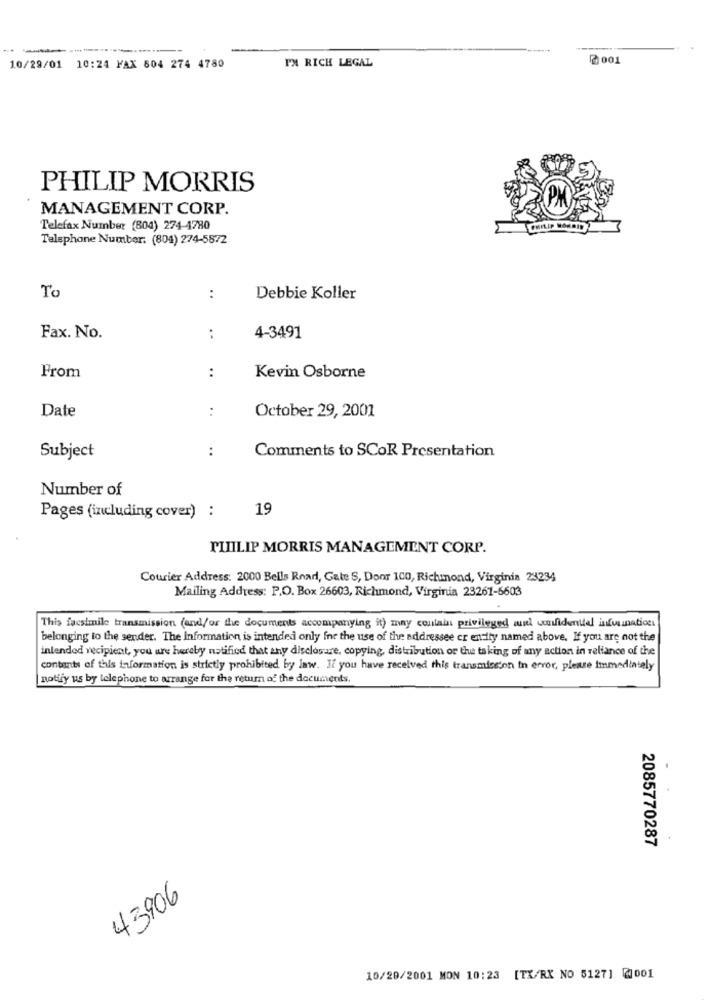
001
10/29/01 10:24 FAX 604 274 4780
PM RICH LEGAL
PHILIP MORRIS
PM
MANAGEMENT CORP.
Telefax Number (804) 274-4780
Telephone Number: (804) 274-5872
To
:
Debbie Koller
Fax. No.
:
4-3491
From
:
Kevin Osborne
Date
:
October 29, 2001
:
Comments to SCOR Presentation
Subject
Number of
19
Pages (including cover) :
PHILIP MORRIS MANAGEMENT CORP.
Courier Address: 2000 Bells Rnarl, Gate S, Door 100, Richmond, Virginia 23234
Mailing Address: P.O. Box 26603, Richmond, Virginia 23261-6603
This facsimile transmission (and/or the documents accompanying it) may contain privileged wund confidentiel infvanations
belonging to the sender. The Information is intended only for the use of the addressee or entity named above. If you are not the
intended recipient, you are hereby notified that any disclosure, copying, distribution or the taking of any action in reliance of the
contents of this information is strictly prohibited by law. If you have received this transmission in error, please immediately
notify us by telephone to arrange for the return of the documents.
2085770287
43906
10/20/2001 MON 10:23 [TX/RX NO 5127] @001